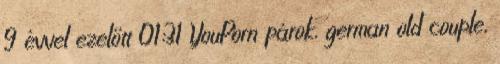
9 évvel ezelőtt 01:31 YouPorn párok, german old couple,